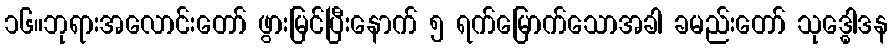
၁၆။ဘုရားအလောင်းတော် ဖွားမြင်ပြီးနောက် ၅ ရက်မြောက်သောအခါ ခမည်းတော် သုဒ္ဓေါဒန